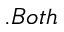
. B o t h